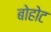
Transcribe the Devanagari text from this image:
बोहोट